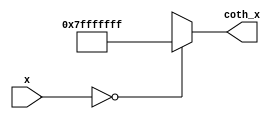
module hyperbolic_cotangent (
    input  wire signed [31:0] x,        // 16 bits integer, 16 bits fractional
    output reg  signed [31:0] coth_x     // 16 bits integer, 16 bits fractional
);

    // Constants for fixed-point representation
    parameter FIXED_POINT_FRACTIONAL_BITS = 16;
    parameter FIXED_POINT_SCALE = 1 << FIXED_POINT_FRACTIONAL_BITS;

    // Internal signals for cosh and sinh
    reg signed [31:0] cosh_x;
    reg signed [31:0] sinh_x;

    // Function to compute cosh(x) using Taylor series
    function signed [31:0] compute_cosh;
        input signed [31:0] x;
        reg signed [31:0] term;
        reg signed [31:0] sum;
        integer i;
        begin
            sum = FIXED_POINT_SCALE; // cosh(0) = 1 in fixed-point
            term = x * x / (FIXED_POINT_SCALE * FIXED_POINT_SCALE); // x^2 / 2!
            for (i = 2; i < 10; i = i + 1) begin
                sum = sum + term / (FIXED_POINT_SCALE * i * (i + 1)); // Add term
                term = term * x * x / (FIXED_POINT_SCALE * FIXED_POINT_SCALE); // x^2 term
            end
            compute_cosh = sum;
        end
    endfunction

    // Function to compute sinh(x) using Taylor series
    function signed [31:0] compute_sinh;
        input signed [31:0] x;
        reg signed [31:0] term;
        reg signed [31:0] sum;
        integer i;
        begin
            sum = x; // sinh(0) = 0 in fixed-point
            term = x; // First term is x
            for (i = 1; i < 10; i = i + 1) begin
                term = term * x * x / (FIXED_POINT_SCALE * FIXED_POINT_SCALE * (2 * i) * (2 * i + 1)); // x^(2i+1)/(2i+1)!
                sum = sum + term; // Add term
            end
            compute_sinh = sum;
        end
    endfunction

    always @(*) begin
        // Handle special case for x = 0
        if (x == 0) begin
            coth_x = 32'h7FFFFFFF; // Return a large positive value
        end else begin
            // Compute cosh(x) and sinh(x)
            cosh_x = compute_cosh(x);
            sinh_x = compute_sinh(x);

            // Check for overflow/underflow
            if (sinh_x == 0) begin
                coth_x = (x > 0) ? 32'h7FFFFFFF : 32'h80000000; // Large positive or negative
            end else begin
                // Compute coth(x) = cosh(x) / sinh(x)
                coth_x = (cosh_x * FIXED_POINT_SCALE) / sinh_x; // Scale to maintain fixed-point
            end
        end
    end

endmodule